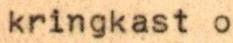
kringkast o